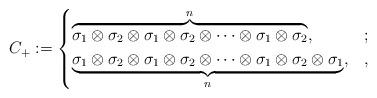
LaTeX: \begin{align*}C_+:=\begin{cases} \overbrace{\sigma_1\otimes\sigma_2\otimes\sigma_1\otimes\sigma_2\otimes\cdots\otimes\sigma_1\otimes\sigma_2}^n, & ;\\\underbrace{\sigma_1\otimes\sigma_2\otimes\sigma_1\otimes\sigma_2\otimes\cdots\otimes\sigma_1\otimes\sigma_2\otimes\sigma_1}_n, & ,\end{cases}\end{align*}